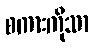
စကားကိုသာ